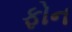
ફોન